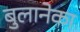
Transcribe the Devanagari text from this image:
बुलानेका